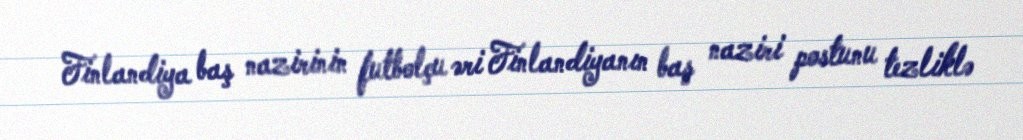
Finlandiya baş nazirinin futbolçu əri Finlandiyanın baş naziri postunu tezliklə